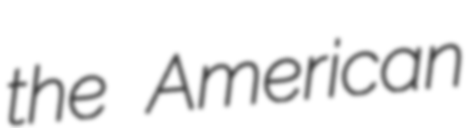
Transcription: the American